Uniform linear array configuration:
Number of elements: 16
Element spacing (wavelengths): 0.75
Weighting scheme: uniform
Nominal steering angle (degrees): -15
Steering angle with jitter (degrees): -14.721
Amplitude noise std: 0.05
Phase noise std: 0.05

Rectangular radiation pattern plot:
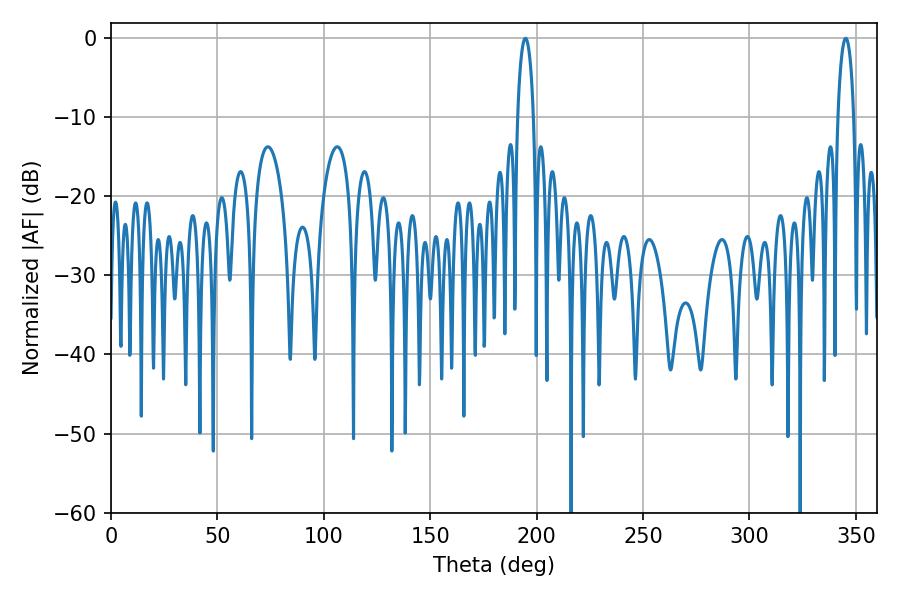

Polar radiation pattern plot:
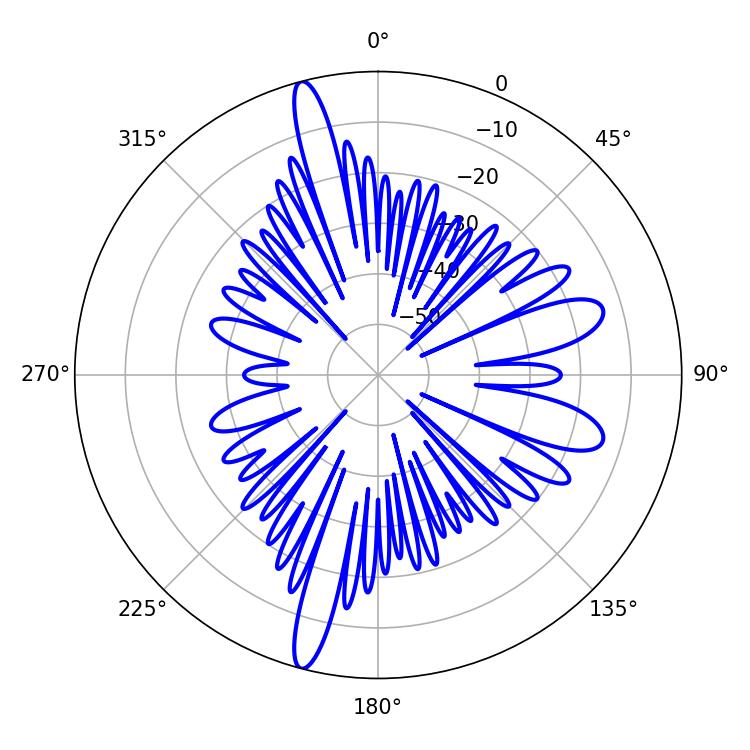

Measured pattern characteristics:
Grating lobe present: TRUE
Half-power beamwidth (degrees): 4.32
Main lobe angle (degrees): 345.24